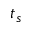
t _ { s }